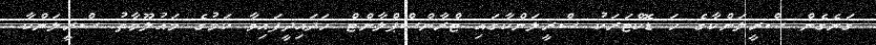
ގަނެގެން ސްރީލަންކާގެ ހަ ޑޮކްޓަރަކު ސްރީލަންކާގައި ޓްރާންސްޕްލާންޓް ހަދައިދީފައިވާ ކަމުގެ މައުލޫމާތު ސްރީލަންކާ